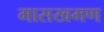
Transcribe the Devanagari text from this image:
मासखमण